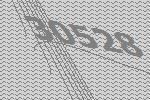
30528